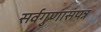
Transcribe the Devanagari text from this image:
सर्वगुणासंपन्न